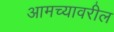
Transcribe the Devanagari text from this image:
आमच्यावरील